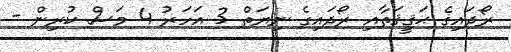
ރޯދައިގެ ޙަޤީޤަތާއި ރޯދައިގެ ނިޔަތް 3 އަހަރު 4 މަސް ކުރިން -